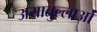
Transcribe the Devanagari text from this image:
अयातुल्लाओं